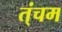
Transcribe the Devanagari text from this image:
त्ंचम